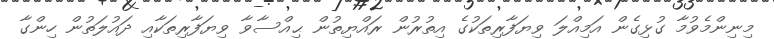
މިނިންމެވުމާ ގުޅިގެން އަމިއްލަ ވިޔަފާރިތަކުގެ އިތުރުން ރައްޔިތުން ޙިއްސާވާ ވިޔަފާރިތަކާއި ދައުލަތުން ހިންގާ